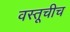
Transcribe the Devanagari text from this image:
वस्तूचीच